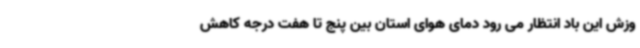
وزش این باد انتظار می رود دمای هوای استان بین پنج تا هفت درجه کاهش